Punjab Mental Hospital Lahore 1932-46 - 1932-1946
Year: 1932
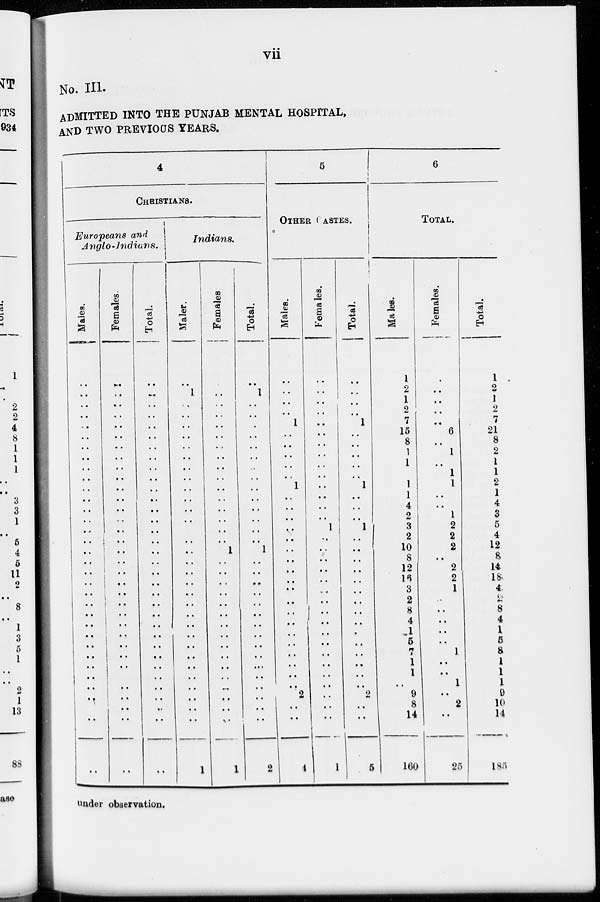
vii
No. III.
ADMITTED INTO THE PUNJAB MENTAL HOSPITAL,
AND TWO PREVIOUS YEARS.
4
CHRISTIANS.
Europeans and
Anglo-Indians.
Males.
..
..
..
..
..
..
..
..
..
..
..
..
..
..
..
..
..
..
..
..
..
..
..
..
.. ..
..
..
..
...
..
..
..
..
Females.
..
..
..
..
..
..
..
..
..
..
..
..
..
..
..
..
.. ..
..
..
..
..
..
..
.. ..
..
..
..
..
..
..
..
..
Total.
..
..
..
..
..
..
..
..
..
..
..
..
..
..
..
..
..
..
..
..
..
..
..
..
..
..
..
..
..
..
..
..
..
..
Indians.
Males.
.. 1
..
..
..
..
..
..
..
..
..
..
..
..
..
..
..
..
..
..
..
..
..
..
..
..
..
..
..
..
..
..
..
1
Females.
..
..
..
..
..
..
..
..
..
..
..
..
..
..
..
..
1
..
..
..
..
..
..
..
..
..
..
..
..
..
..
..
..
1
Total.
..
1
..
..
..
..
..
..
..
..
..
..
..
..
..
..
1
..
..
..
..
..
..
..
..
..
..
..
..
..
..
..
..
2
5
OTHER CASTES.
Males.
..
..
..
..
1
..
..
..
..
..
1
..
..
..
..
..
..
..
..
..
..
..
..
..
..
..
..
..
..
..
2
..
..
4
Females.
..
..
..
..
..
..
..
..
..
..
..
..
..
..
1
..
..
..
..
..
..
..
..
..
..
..
..
..
..
..
..
..
..
1
Total.
..
..
..
..
1
..
..
..
..
..
1
..
..
..
1
..
..
..
..
..
..
..
..
..
..
..
..
..
..
..
2
..
..
5
6
TOTAL.
Males.
1
2
1
2
7
15
8
1
1
..
1
1
4
2
3
2
10
8
12
16
3
2
8
4
1
5
7
1
1
..
9
8
14
160
Females.
..
..
..
..
..
6
..
1
..
1
1
..
..
1
2
2
2
..
2
2
1
..
..
..
.. ..
1
..
.. 1
..
2
..
25
Total.
1
2
1
2
7
21
8
2
1
1
2
1
4
3
5
4
12
8
14
18
4
2
8
4
1 5
8
l
l
l
9
10
14
185
under observation.